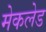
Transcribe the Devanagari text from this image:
मेकलेड